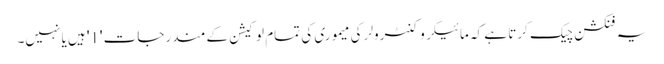
یہ فنکشن چیک کرتا ہے کہ مائیکروکنٹرولر کی میموری کی تمام لوکیشن کے مندرجات '1' ہیں یا نہیں۔